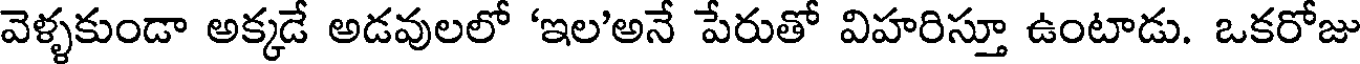
వెళ్ళకుండా అక్కడే అడవులలో 'ఇల'అనే పేరుతో విహరిస్తూ ఉంటాడు. ఒకరోజు